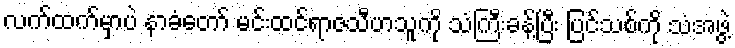
လက်ထက်မှာပဲ နာခံတော် မင်းထင်ရာဇသီဟသူကို သံကြီးခန့်ပြီး ပြင်သစ်ကို သံအဖွဲ့